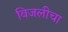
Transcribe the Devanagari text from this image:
विजलीचा